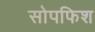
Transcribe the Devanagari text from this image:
सोपफिश